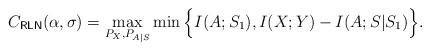
LaTeX: \begin{align*}C_\mathsf{RLN}(\alpha,\sigma)=\max_{P_X,P_{A|S}}\min\Big\{I(A;S_1),I(X;Y)-I(A;S|S_1)\Big\}.\end{align*}